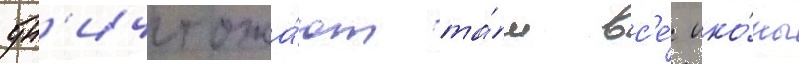
ун'ичтожа́ют та́м вс'е́ ико́ны